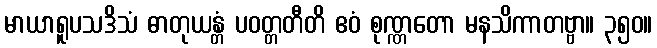
မာယာရူပသဒိသံ ဓာတုယန္တံ ပဝတ္တတီတိ ဧဝံ စုဏ္ဏတော မနသိကာတဗ္ဗာ။ ၃၅၀။